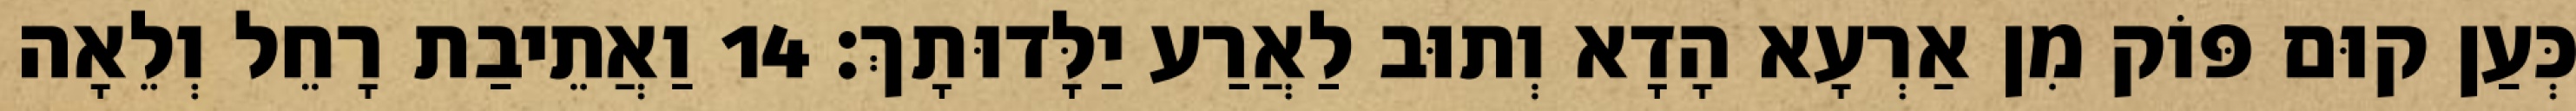
כְּעַן קוּם פּוֹק מִן אַרְעָא הָדָא וְתוּב לַאֲרַע יַלָּדוּתָךְ׃ 14 וַאֲתֵיבַת רָחֵל וְלֵאָה